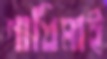
গাধিমাই